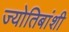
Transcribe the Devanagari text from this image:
ज्योतिबांशी